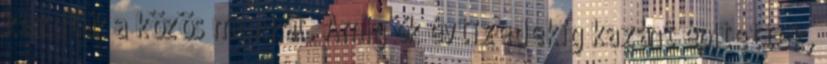
kezdtük a közös munkát. Amíg ők évtizedekig kazánt építettek,